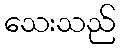
သေးသည်